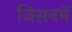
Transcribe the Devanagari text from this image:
जिसनमें